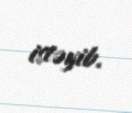
istəyib.